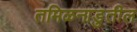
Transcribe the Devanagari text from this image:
तमिळनाडुतील